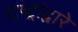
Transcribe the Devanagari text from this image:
राष्ट्रांद्वारे